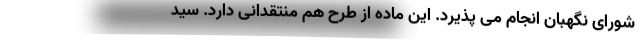
شورای نگهبان انجام می پذیرد. این ماده از طرح هم منتقدانی دارد. سید